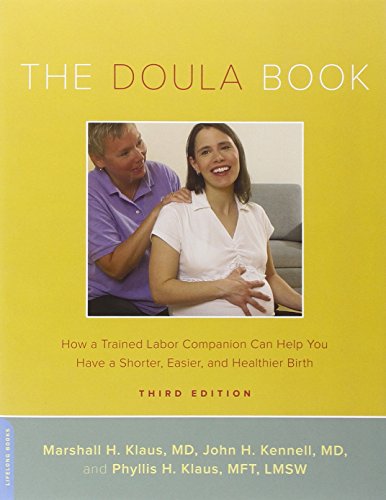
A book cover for The Doula Book: How a Trained Labor Companion Can Help You Have a Shorter, Easier, and Healthier Birth (A Merloyd Lawrence Book); Marshall H. Klaus; Parenting & Relationships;